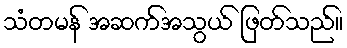
သံတမန် အဆက်အသွယ် ဖြတ်သည်။